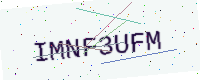
Text: IMNF3UFM